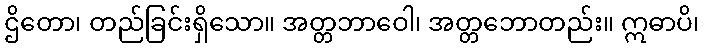
ဌိတော၊ တည်ခြင်းရှိသော။ အတ္တဘာဝေါ၊ အတ္တဘောတည်း။ ဣဓာပိ၊